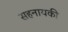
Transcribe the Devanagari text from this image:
सहनायकी